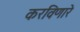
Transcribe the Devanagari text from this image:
करविणारे